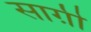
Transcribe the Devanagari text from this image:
साग़ी